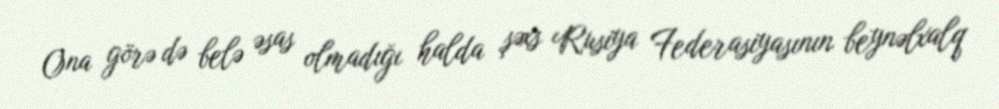
Ona görə də belə əsas olmadığı halda şəxs Rusiya Federasiyasının beynəlxalq